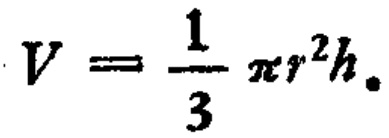
\(V = \frac{1}{3} \pi r^{2} h。\)